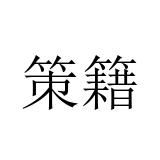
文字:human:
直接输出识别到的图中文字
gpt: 策籍